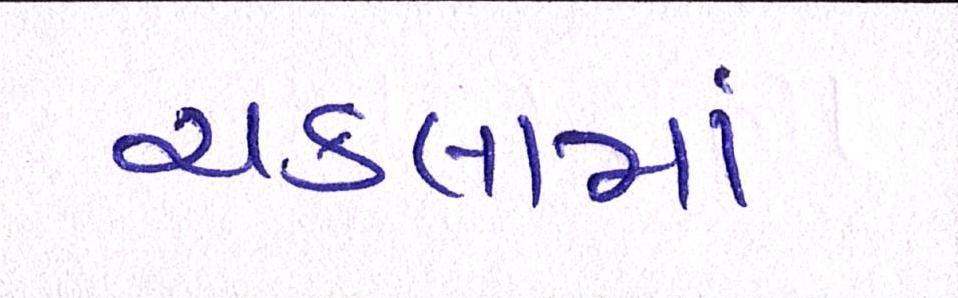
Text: ચકલામાં